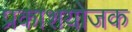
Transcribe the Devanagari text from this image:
प्रकाशयोजक